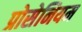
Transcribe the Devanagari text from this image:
प्रोसेनियम